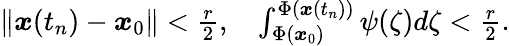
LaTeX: \begin{array}{r}{\| {\boldsymbol x}(t_{n})-{\boldsymbol x}_{0}\| <\frac{r}{2},\ \ \ \int_{\Phi({\boldsymbol x}_{0})}^{\Phi({\boldsymbol x}(t_{n}))}\psi(\zeta)d\zeta<\frac{r}{2}.}\end{array}